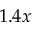
1 . 4 x